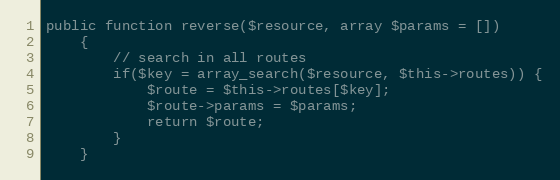
Language: PHP
public function reverse($resource, array $params = [])
    {
        // search in all routes
        if($key = array_search($resource, $this->routes)) {
            $route = $this->routes[$key];
            $route->params = $params;
            return $route;
        }
    }